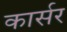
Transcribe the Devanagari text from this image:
कार्सर